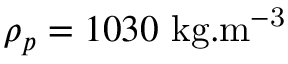
\rho _ { p } = 1 0 3 0 ~ \mathrm { k g . m ^ { - 3 } }